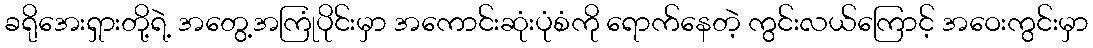
ခရိုအေးရှားတို့ရဲ့ အတွေ့အကြုံပိုင်းမှာ အကောင်းဆုံးပုံစံကို ရောက်နေတဲ့ ကွင်းလယ်ကြောင့် အဝေးကွင်းမှာ